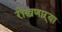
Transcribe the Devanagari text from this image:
रोखणाऱ्या